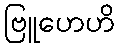
ဗြူဟေဟိ